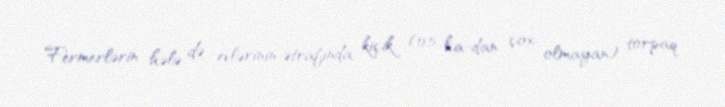
Fermerlərin hələ də evlərinin ətrafında kiçik (0,5 ha-dan çox olmayan) torpaq